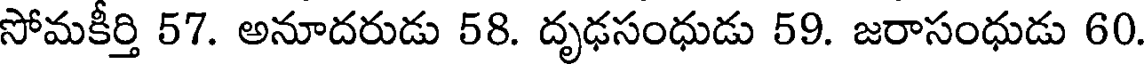
సోమకీర్తి 57. అనూదరుడు 58. దృఢసంధుడు 59. జరాసంధుడు 60